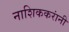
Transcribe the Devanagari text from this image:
नाशिककरांनी